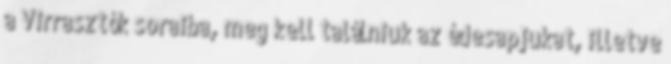
a Virrasztók soraiba, meg kell találniuk az édesapjukat, illetve